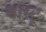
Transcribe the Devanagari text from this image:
श्वारटू